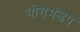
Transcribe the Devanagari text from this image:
भोगमंडप